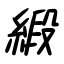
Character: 緞